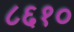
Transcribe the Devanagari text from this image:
८६१०